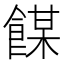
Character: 𩝇